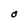
Character: O